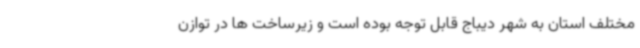
مختلف استان به شهر دیباج قابل توجه بوده است و زیرساخت ها در توازن‌